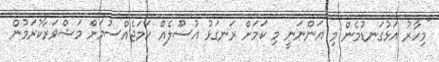
"މިހާރު އަޅުގަނޑުމެން މި އަންނަނީ މި ކަމަށް ރަނގަޅު އުސޫލެއް ހަމަޖެއްސުމަށް މަޝްވަރާކުރަމުން